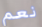
نعم